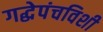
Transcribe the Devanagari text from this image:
गद्धेपंचविशी